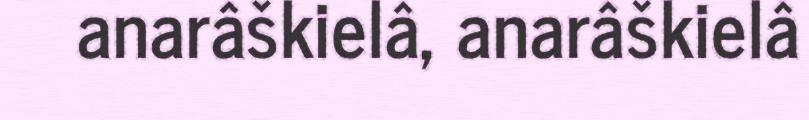
anarâškielâ, anarâškielâ